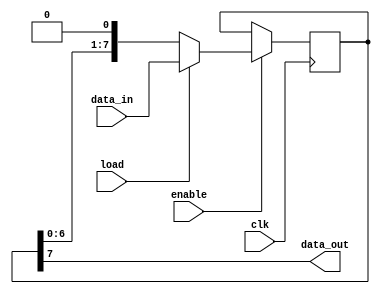
module piso_register(
    input wire clk,
    input wire enable,
    input wire load,
    input wire [N-1:0] data_in,
    output reg data_out
);

parameter N = 8; // Number of bits in the register

reg [N-1:0] register;

always @(posedge clk) begin
    if(enable) begin
        if(load) begin
            register <= data_in;
        end else begin
            register <= {register[N-2:0], 1'b0};
        end
    end
end

assign data_out = register[N-1];

endmodule